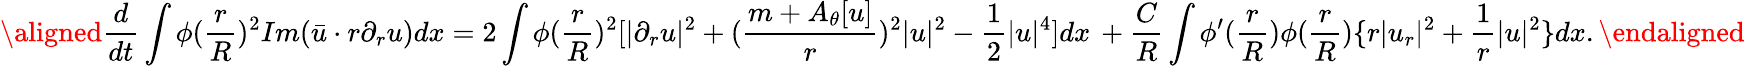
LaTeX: \aligned\frac{d}{dt}\int\phi(\frac{r}{R})^{2}Im(\bar{u}\cdot r\partial_{r}u)dx=2\int\phi(\frac{r}{R})^{2}[|\partial_{r}u|^{2}+(\frac{m+A_{\theta}[u]}{r})^{2}|u|^{2}-\frac{1}{2}|u|^{4}]dx\, +\frac{C}{R}\int\phi^{\prime}(\frac{r}{R})\phi(\frac{r}{R})\{ r|u_{r}|^{2}+\frac{1}{r}|u|^{2}\} dx.\endaligned